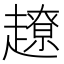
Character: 𧽽